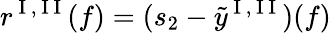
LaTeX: r^{\mathrm{~I~},\mathrm{~I~I~}}(f)=(s_{2}-\tilde{y}^{\mathrm{~I~},\mathrm{~I~I~}})(f)